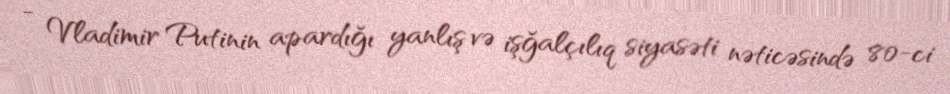
- Vladimir Putinin apardığı yanlış və işğalçılıq siyasəti nəticəsində 80-ci